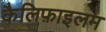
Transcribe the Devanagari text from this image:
कैलिफ़ाइलम